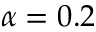
\alpha = 0 . 2